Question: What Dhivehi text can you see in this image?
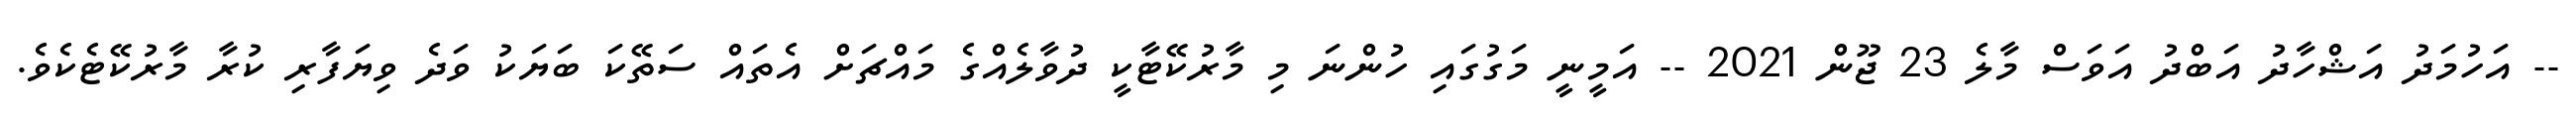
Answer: -- އަހުމަދު އަޝްހާދު އަބްދު އަވަސް މާލެ 23 ޖޫން 2021 -- އަމީނީ މަގުގައި ހުންނަ މި މާރުކޭޓާކީ ދުވާލެއްގެ މައްޗަށް އެތައް ސަތޭކަ ބަޔަކު ވަދެ ވިޔަފާރި ކުރާ މާރުކޭޓެކެވެ.